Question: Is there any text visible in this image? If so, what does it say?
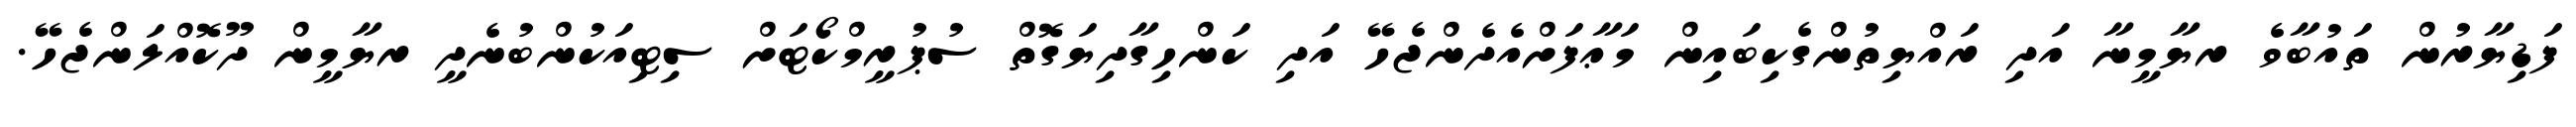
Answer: ފަޑިޔާރުން ތައުބާވެ ރޔާމީނާ އަދި ރައްޔިތުންގެކިބައިން މަޢާފަށްއެދެންޖެހޭ އަދި ކަންހިގާދިޔަގޮތް ސުޕުރީމްކޯޓަށް ސިޓިއަކުންބުނެދީ ރޔާމީން ދޫކޮއްލަންޖެހޭ.